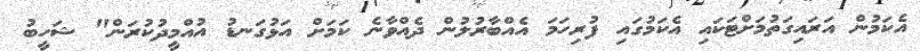
އެކަމުން އަރައިގަތުމަށްޓަކައި އެކަމުގައި ފުރިހަމަ އެއްބާރުލުން ދެއްވާނެ ކަމަށް އަޅުގަނޑު އުއްމީދުކުރަން" ޝަހީބު